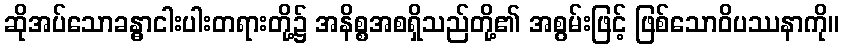
ဆိုအပ်သောခန္ဓာငါးပါးတရားတို့၌ အနိစ္စအစရှိသည်တို့၏ အစွမ်းဖြင့် ဖြစ်သောဝိပဿနာကို။